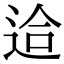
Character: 䢔